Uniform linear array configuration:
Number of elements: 64
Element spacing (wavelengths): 0.5
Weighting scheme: exponential
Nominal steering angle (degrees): -45
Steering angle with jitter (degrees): -45.07
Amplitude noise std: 0.05
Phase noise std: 0.05

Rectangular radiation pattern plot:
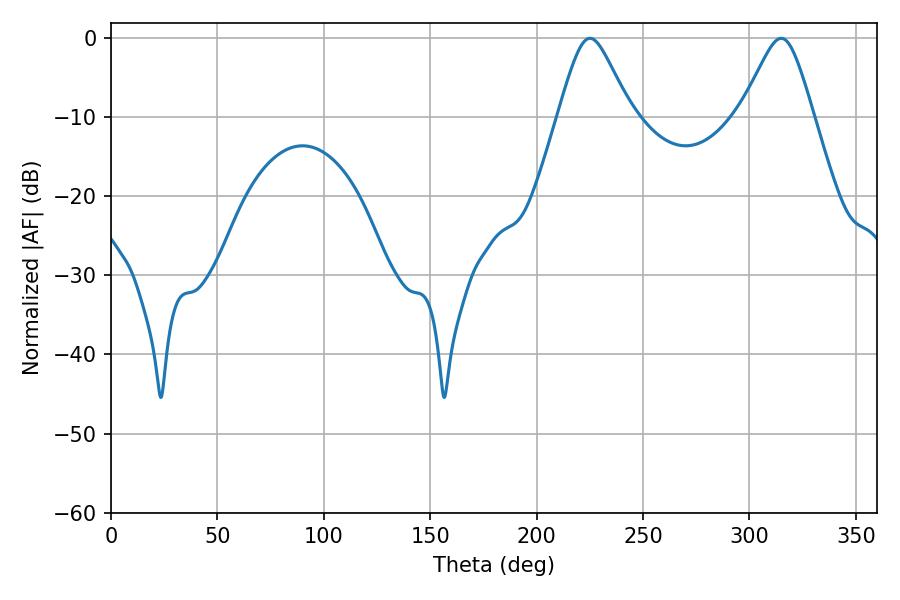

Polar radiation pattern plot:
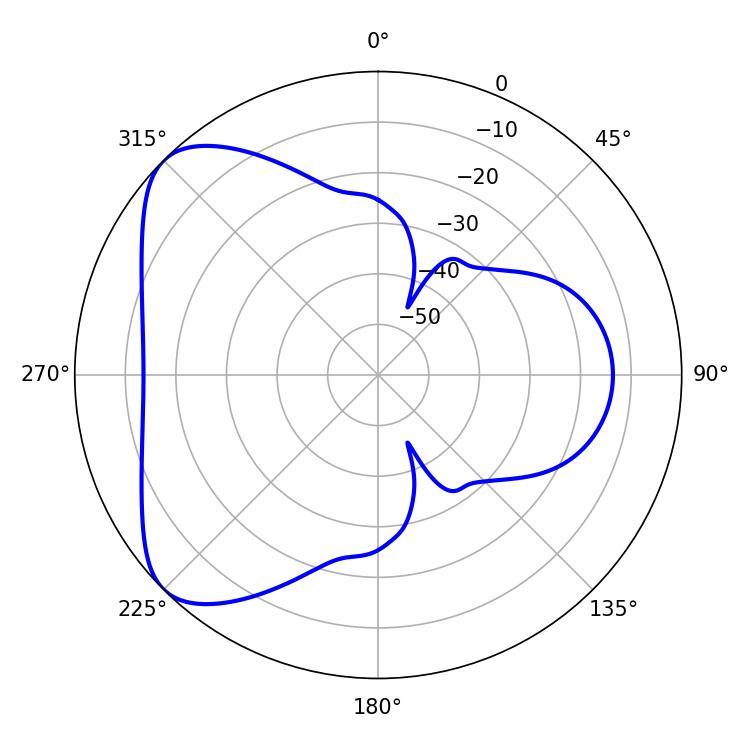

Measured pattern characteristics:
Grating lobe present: FALSE
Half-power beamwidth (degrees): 16.56
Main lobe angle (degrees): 225